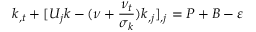
\centering k _ { , t } + [ U _ { j } k - ( \nu + \frac { \nu _ { t } } { \sigma _ { k } } ) k _ { , j } ] _ { , j } = P + B - \varepsilon